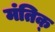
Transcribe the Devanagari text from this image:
मंतिक्‌